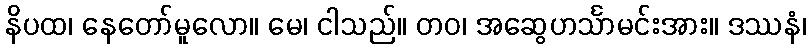
နိပထ၊ နေတော်မူလော။ မေ၊ ငါသည်။ တဝ၊ အဆွေဟင်္သာမင်းအား။ ဒဿနံ၊